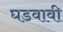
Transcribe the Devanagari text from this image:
घडवावी